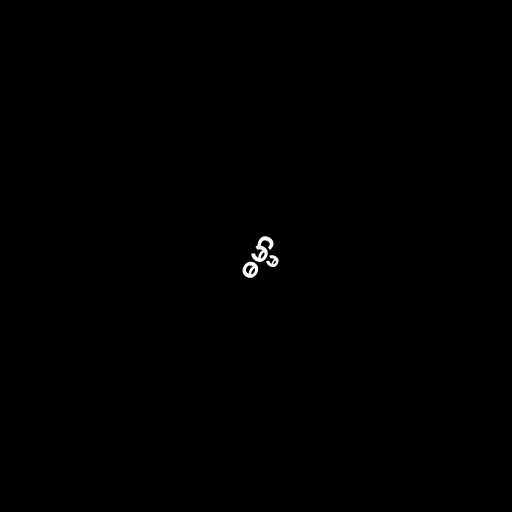
ဓမ္မာ